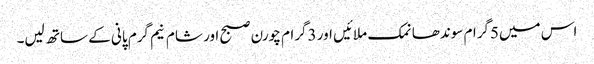
اس میں5گرام سوندھا نمک ملائیں اور 3گرام چورن صبح اور شام نیم گرم پانی کے ساتھ لیں۔